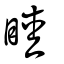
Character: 睦